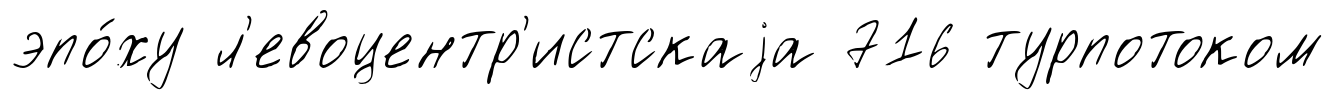
эпо́ху л'евоцентр'истскаjа 716 турпотоком